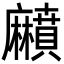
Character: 𪎰